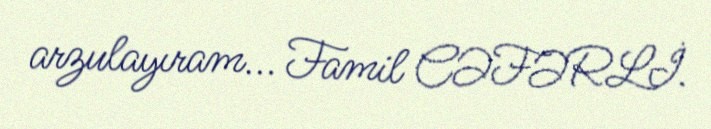
arzulayıram... Famil CƏFƏRLİ.